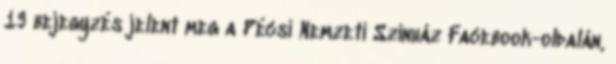
19 bejegyzés jelent meg a Pécsi Nemzeti Színház Facebook-oldalán,